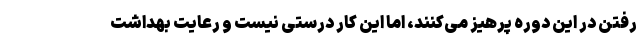
رفتن در این دوره پرهیز می‌کنند، اما این کار درستی نیست و رعایت بهداشت